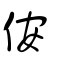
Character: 侒